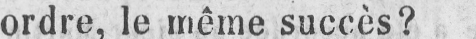
ordre, le même succès?